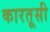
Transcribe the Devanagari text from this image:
कारतूसी